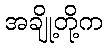
အချို့တို့က